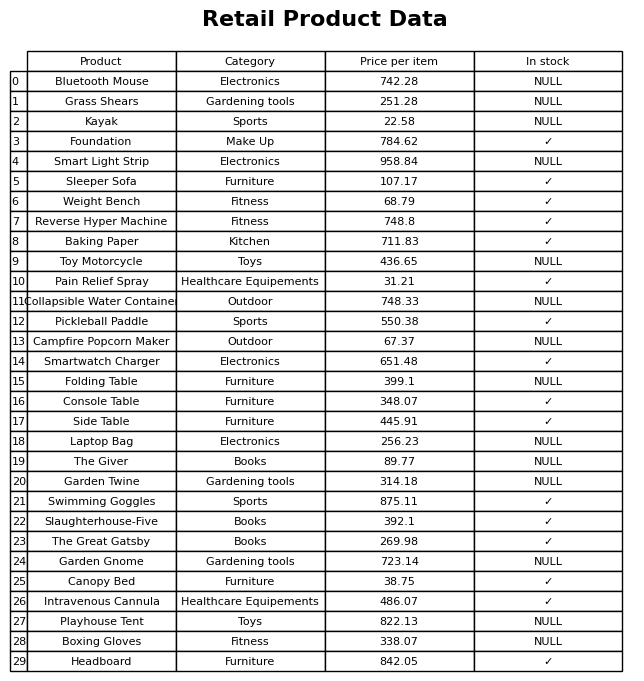
question: Which products are currently out of stock?
answer: Bluetooth Mouse, Grass Shears, Kayak, Smart Light Strip, Toy Motorcycle, Collapsible Water Container, Campfire Popcorn Maker, Folding Table, Laptop Bag, The Giver, Garden Twine, Garden Gnome, Playhouse Tent, Boxing Gloves